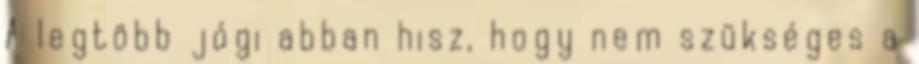
A legtöbb jógi abban hisz, hogy nem szükséges a